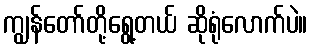
ကျွန်တော်တို့ရွေ့တယ် ဆိုရုံလောက်ပဲ။